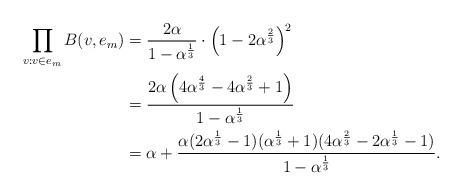
LaTeX: \begin{align*}\prod_{v:v\in e_{m}}B(v,e_{m}) & =\frac{2\alpha}{1-\alpha^{\frac13}}\cdot\left(1-2\alpha^{\frac23}\right)^2\\& =\frac{2\alpha\left(4\alpha^{\frac43}-4\alpha^{\frac23}+1\right)}{1-\alpha^{\frac13}}\\& =\alpha+\frac{\alpha(2\alpha^{\frac13}-1)(\alpha^{\frac13}+1)(4\alpha^{\frac23}-2\alpha^{\frac13}-1)}{1-\alpha^{\frac13}}.\end{align*}